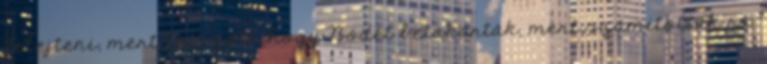
felejteni, mert látszott, hogy Bödét betakarták, mert számítottak rá.